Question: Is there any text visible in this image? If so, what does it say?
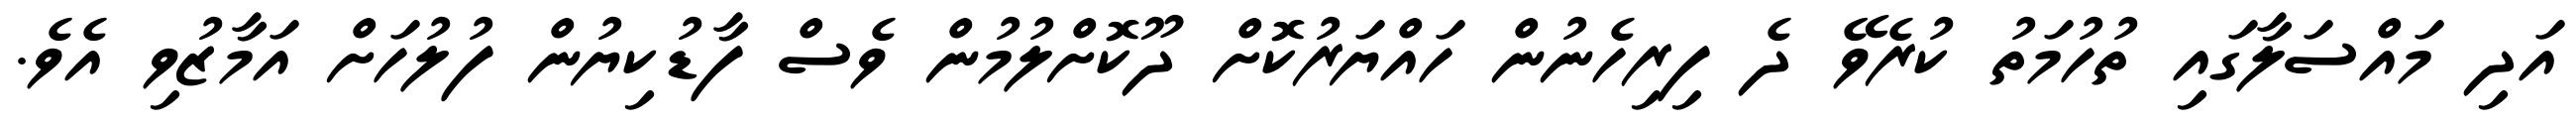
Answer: އަދި މައްސަލާގައި ތުހުމަތު ކުރެވޭ ދެ ފިރިހެނުން ހައްޔަރުކޮށް ދޫކޮށްލުމުން ވެސް ފާޑުކިޔުން ފުލުހަށް އަމާޒުވި އެވެ.